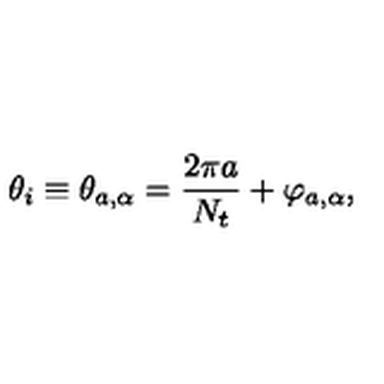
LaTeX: \theta _ { i } \equiv \theta _ { a , \alpha } = { \frac { 2 \pi a } { N _ { t } } } + \varphi _ { a , \alpha } ,